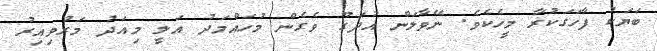
ބަޔަކު ފާހަގަކުރާ މީހެކެވެ. ނޭވާލަން އުދަގޫ ވެގެން މުހައްމަދު އަލީ މިއަދު މަރުވިއިރު